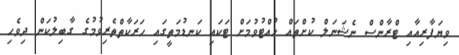
ވިޔަފާރިއާއި ޓްރާންސް ނެޝަނަލް ކުށްތައް ހުއްޓުވުމަށް ޓަކައި ކަނޑުމަތީގައި ހަަރަކާތްތެރިވުމުގެ ގާބިލުކަން ދިވެހި